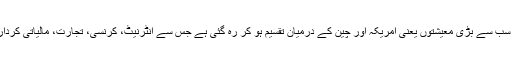
تاہم، اقوام متحدہ کے سیکرٹری جنرل اینٹونیو گوٹیرس نے خبردار کیا ہے کہ دنیا دو سب سے بڑی معیشتوں یعنی امریکہ اور چین کے درمیان تقسیم ہو کر رہ گئی ہے جس سے انٹرنیٹ، کرنسی، تجارت، مالیاتی کردار اور جیو پولیٹکل اور فوجی حکمت عملیوں کے دو متبادل نظام وجود میں آ رہے ہیں۔